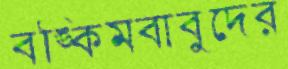
বঙ্কিমবাবুদের